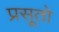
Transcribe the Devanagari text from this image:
प्रसूतो